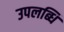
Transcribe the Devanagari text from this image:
उपलब्धि